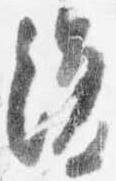
復